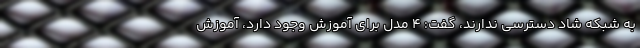
به شبکه شاد دسترسی ندارند، گفت: 4 مدل برای آموزش وجود دارد، آموزش